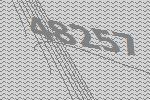
48257